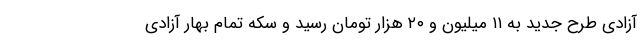
آزادی طرح جدید به ۱۱ میلیون و ۲۰ هزار تومان رسید و سکه تمام بهار آزادی